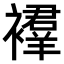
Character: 𫌔